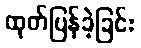
ထုတ်ပြန်ခဲ့ခြင်း